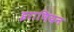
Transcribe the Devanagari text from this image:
इराणियन